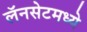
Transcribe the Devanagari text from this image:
लॅनसेटमध्ये